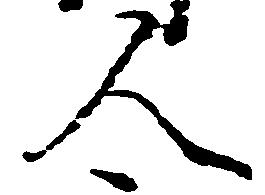
人